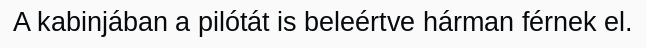
A kabinjában a pilótát is beleértve hárman férnek el.